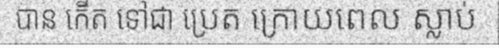
បាន កើត ទៅជា ប្រេត ក្រោយពេល ស្លាប់